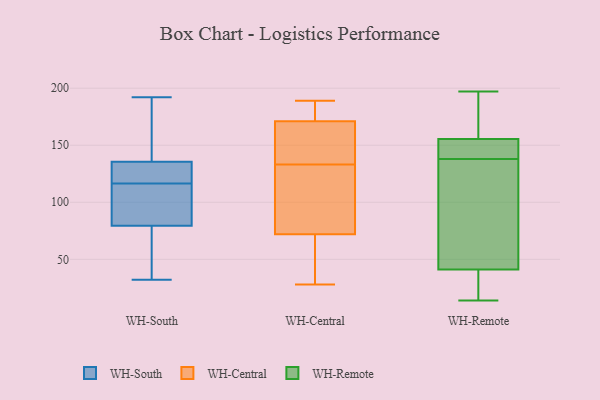
{"axis": {"x": "Temperature (°C)", "y": "Value"}, "legend": ["WH-Central", "WH-Remote", "WH-South"], "data": [{"x": "", "y": 89, "type": "WH-South"}, {"x": "", "y": 136, "type": "WH-South"}, {"x": "", "y": 192, "type": "WH-South"}, {"x": "", "y": 135, "type": "WH-South"}, {"x": "", "y": 125, "type": "WH-South"}, {"x": "", "y": 105, "type": "WH-South"}, {"x": "", "y": 32, "type": "WH-South"}, {"x": "", "y": 122, "type": "WH-South"}, {"x": "", "y": 72, "type": "WH-South"}, {"x": "", "y": 152, "type": "WH-South"}, {"x": "", "y": 79, "type": "WH-South"}, {"x": "", "y": 111, "type": "WH-South"}, {"x": "", "y": 86, "type": "WH-South"}, {"x": "", "y": 173, "type": "WH-South"}, {"x": "", "y": 80, "type": "WH-South"}, {"x": "", "y": 128, "type": "WH-South"}, {"x": "", "y": 74, "type": "WH-South"}, {"x": "", "y": 188, "type": "WH-South"}, {"x": "", "y": 132, "type": "WH-South"}, {"x": "", "y": 79, "type": "WH-South"}, {"x": "", "y": 69, "type": "WH-Central"}, {"x": "", "y": 152, "type": "WH-Central"}, {"x": "", "y": 161, "type": "WH-Central"}, {"x": "", "y": 175, "type": "WH-Central"}, {"x": "", "y": 73, "type": "WH-Central"}, {"x": "", "y": 184, "type": "WH-Central"}, {"x": "", "y": 163, "type": "WH-Central"}, {"x": "", "y": 81, "type": "WH-Central"}, {"x": "", "y": 58, "type": "WH-Central"}, {"x": "", "y": 114, "type": "WH-Central"}, {"x": "", "y": 171, "type": "WH-Central"}, {"x": "", "y": 28, "type": "WH-Central"}, {"x": "", "y": 76, "type": "WH-Central"}, {"x": "", "y": 58, "type": "WH-Central"}, {"x": "", "y": 189, "type": "WH-Central"}, {"x": "", "y": 156, "type": "WH-Central"}, {"x": "", "y": 72, "type": "WH-Central"}, {"x": "", "y": 173, "type": "WH-Central"}, {"x": "", "y": 152, "type": "WH-Remote"}, {"x": "", "y": 166, "type": "WH-Remote"}, {"x": "", "y": 14, "type": "WH-Remote"}, {"x": "", "y": 20, "type": "WH-Remote"}, {"x": "", "y": 149, "type": "WH-Remote"}, {"x": "", "y": 143, "type": "WH-Remote"}, {"x": "", "y": 88, "type": "WH-Remote"}, {"x": "", "y": 197, "type": "WH-Remote"}, {"x": "", "y": 80, "type": "WH-Remote"}, {"x": "", "y": 167, "type": "WH-Remote"}, {"x": "", "y": 138, "type": "WH-Remote"}, {"x": "", "y": 47, "type": "WH-Remote"}, {"x": "", "y": 23, "type": "WH-Remote"}]}